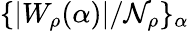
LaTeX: \{ {|W_{\rho}(\alpha)|}/{\mathcal{N}_{\rho}}\} _{\alpha}